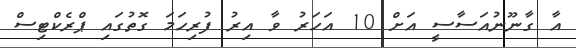
އާ ގާނޫނުއަސާސީ އަށް 10 އަހަރު ވާ އިރު ފުރިހަމަ ގޮތުގައި ޕްރެކްޓިސް